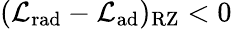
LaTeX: (\mathcal{L}_{\mathrm{{rad}}}-\mathcal{L}_{\mathrm{{ad}}})_{\mathrm{{RZ}}}<0